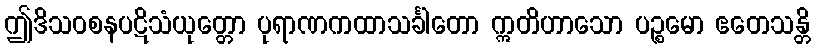
ဤဒိသဝစနပဋိသံယုတ္တော ပုရာဏကထာသင်္ခါတော ဣတိဟာသော ပဉ္စမော ဧတေသန္တိ